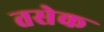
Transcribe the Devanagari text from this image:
तसेक